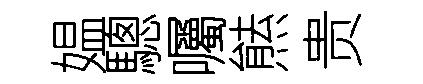
媪驄囑㷱贵